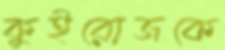
কুইরোজকে